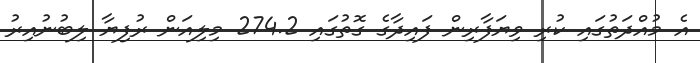
އެ މުއްދަތުގައި ކުރި ވިޔަފާރިން ފައިދާގެ ގޮތުގައި 274.2 މިލިއަން ރުފިޔާ ލިބުނުއިރު